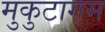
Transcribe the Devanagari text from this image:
मुकुटागम